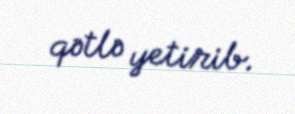
qətlə yetirib.